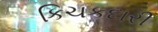
કિચકદારી